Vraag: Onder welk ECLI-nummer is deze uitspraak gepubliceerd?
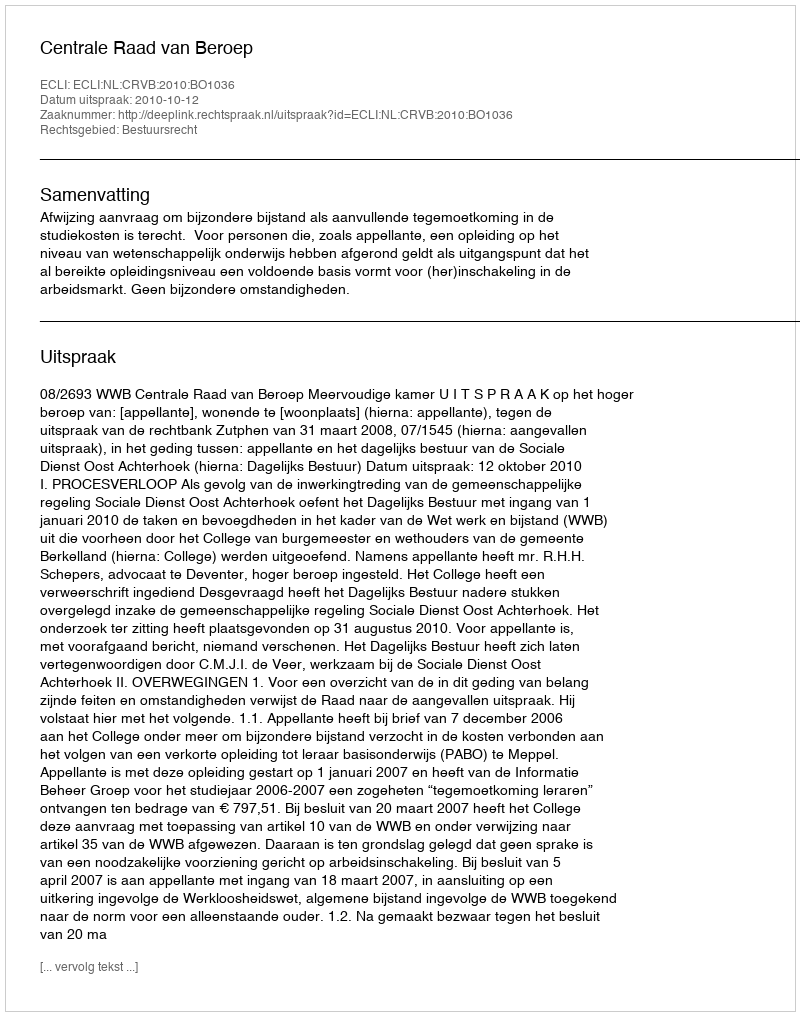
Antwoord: ECLI:NL:CRVB:2010:BO1036